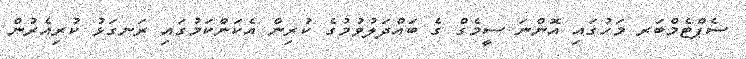
ސެޕްޓެމްބަރ މަހުގައި އޮންނަ ސީމެގް ގެ ބައްދަލުވުމުގެ ކުރިން އެކަންކަމުގައި ރަނގަޅު ކުރިއެރުން